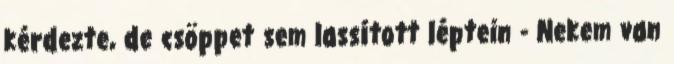
kérdezte, de csöppet sem lassított léptein - Nekem van